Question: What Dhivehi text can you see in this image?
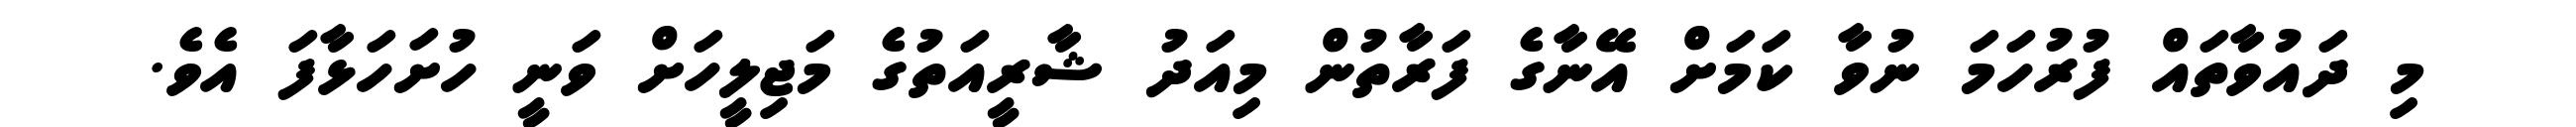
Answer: މި ދައުވާތައް ފުރުހަމަ ނުވާ ކަމަށް އޭނާގެ ފަރާތުން މިއަދު ޝާރީއަތުގެ މަޖިލީހަށް ވަނީ ހުށަހަޅާފަ އެވެ.